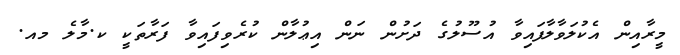
މީރާއިން އެކުލަވާލާފައިވާ އުސޫލުގެ ދަށުން ނަން އިޢުލާން ކުރެވިފައިވާ ފަރާތަކީ ކ.މާލެ މއ.